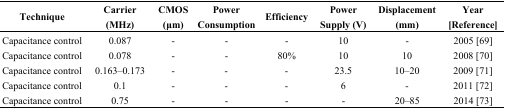
| Technique | Carrier (MHz) | CMOS (μm) | Power Consumption | Efficiency | Power Supply (V) | Displacement (mm) | Year [Reference] |
 | --- | --- | --- | --- | --- | --- | --- | --- |
 | Capacitance control | 0.087 | - | - | - | 10 | - | 2005 [69] |
 | Capacitance control | 0.078 | - | - | 80% | 10 | 10 | 2008 [70] |
 | Capacitance control | 0.163–0.173 | - | - | - | 23.5 | 10–20 | 2009 [71] |
 | Capacitance control | 0.1 | - | - | - | 6 | - | 2011 [72] |
 | Capacitance control | 0.75 | - | - | - | - | 20–85 | 2014 [73] |